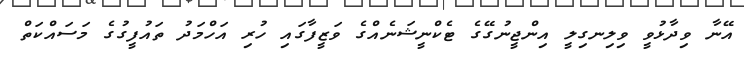
އޭނާ ވިދާޅުވީ ވިލިނގިލީ އިންޖީނުގޭގެ ޓެކްނީޝަނެއްގެ ވަޒީފާގައި ހުރި އަހްމަދު ތައުފީގުގެ މަސައްކަތް